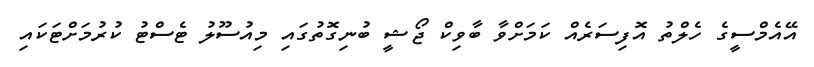
އޭއެމްސީގެ ހެލްތު އޮފިސަރެއް ކަމަށްވާ ބާވިކް ޖޯޝީ ބުނިގޮތުގައި މިއުސޫލު ޓެސްޓު ކުރުމަށްޓަކައި